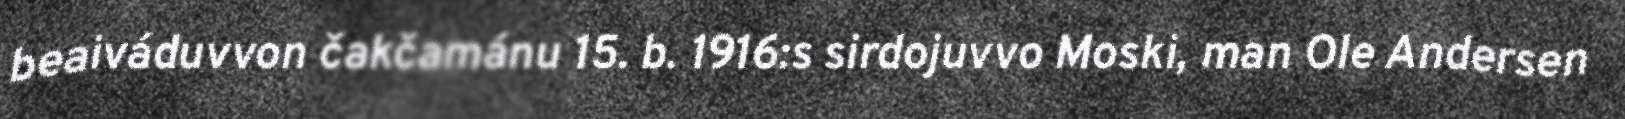
beaiváduvvon čakčamánu 15. b. 1916:s sirdojuvvo Moski, man Ole Andersen